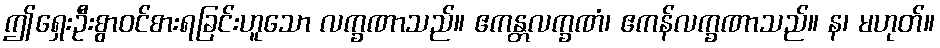
ဤရှေးဦးစွာဝင်စားရခြင်းဟူသော လက္ခဏာသည်။ ဧကန္တလက္ခဏံ၊ ဧကန်လက္ခဏာသည်။ န၊ မဟုတ်။